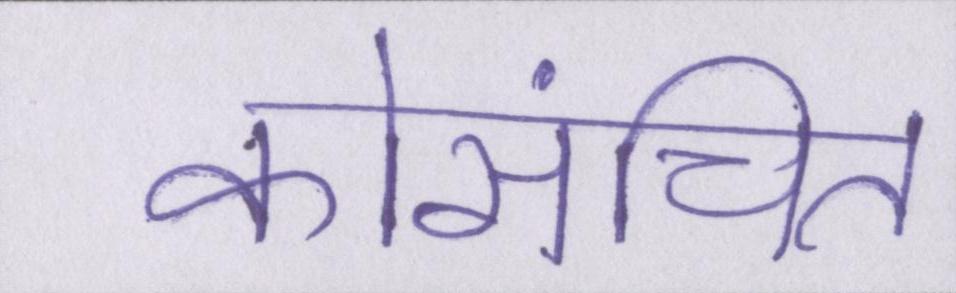
कोसंचित